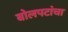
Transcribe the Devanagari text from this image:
बोलपटांचा